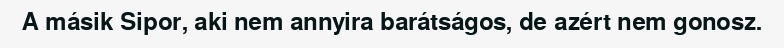
A másik Sipor, aki nem annyira barátságos, de azért nem gonosz.